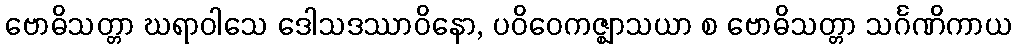
ဗောဓိသတ္တာ ဃရာဝါသေ ဒေါသဒဿာဝိနော, ပဝိဝေကဇ္ဈာသယာ စ ဗောဓိသတ္တာ သင်္ဂဏိကာယ